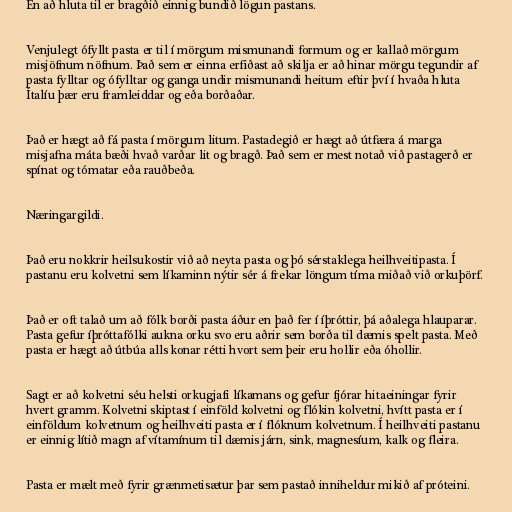
En að hluta til er bragðið einnig bundið lögun pastans.

Venjulegt ófyllt pasta er til í mörgum mismunandi formum og er kallað mörgum
misjöfnum nöfnum. Það sem er einna erfiðast að skilja er að hinar mörgu tegundir af
pasta fylltar og ófylltar og ganga undir mismunandi heitum eftir því í hvaða hluta
Ítalíu þær eru framleiddar og eða borðaðar.

Það er hægt að fá pasta í mörgum litum. Pastadegið er hægt að útfæra á marga
misjafna máta bæði hvað varðar lit og bragð. Það sem er mest notað við pastagerð er
spínat og tómatar eða rauðbeða.

Næringargildi.

Það eru nokkrir heilsukostir við að neyta pasta og þó sérstaklega heilhveitipasta. Í
pastanu eru kolvetni sem líkaminn nýtir sér á frekar löngum tíma miðað við orkuþörf.

Það er oft talað um að fólk borði pasta áður en það fer í íþróttir, þá aðalega hlauparar.
Pasta gefur íþróttafólki aukna orku svo eru aðrir sem borða til dæmis spelt pasta. Með
pasta er hægt að útbúa alls konar rétti hvort sem þeir eru hollir eða óhollir.

Sagt er að kolvetni séu helsti orkugjafi líkamans og gefur fjórar hitaeiningar fyrir
hvert gramm. Kolvetni skiptast í einföld kolvetni og flókin kolvetni, hvítt pasta er í
einföldum kolvetnum og heilhveiti pasta er í flóknum kolvetnum. Í heilhveiti pastanu
er einnig lítið magn af vítamínum til dæmis járn, sink, magnesíum, kalk og fleira.

Pasta er mælt með fyrir grænmetisætur þar sem pastað inniheldur mikið af próteini.